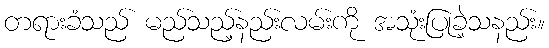
တရားခံသည် မည်သည့်နည်းလမ်းကို အသုံးပြုခဲ့သနည်း။